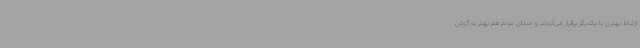
ارتباط بهتری با یکدیگر برقرار می‌کردند و صدای مردم هم بهتر به گوش